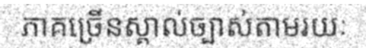
ភាគច្រើនស្គាល់ច្បាស់តាមរយៈ